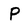
Character: P